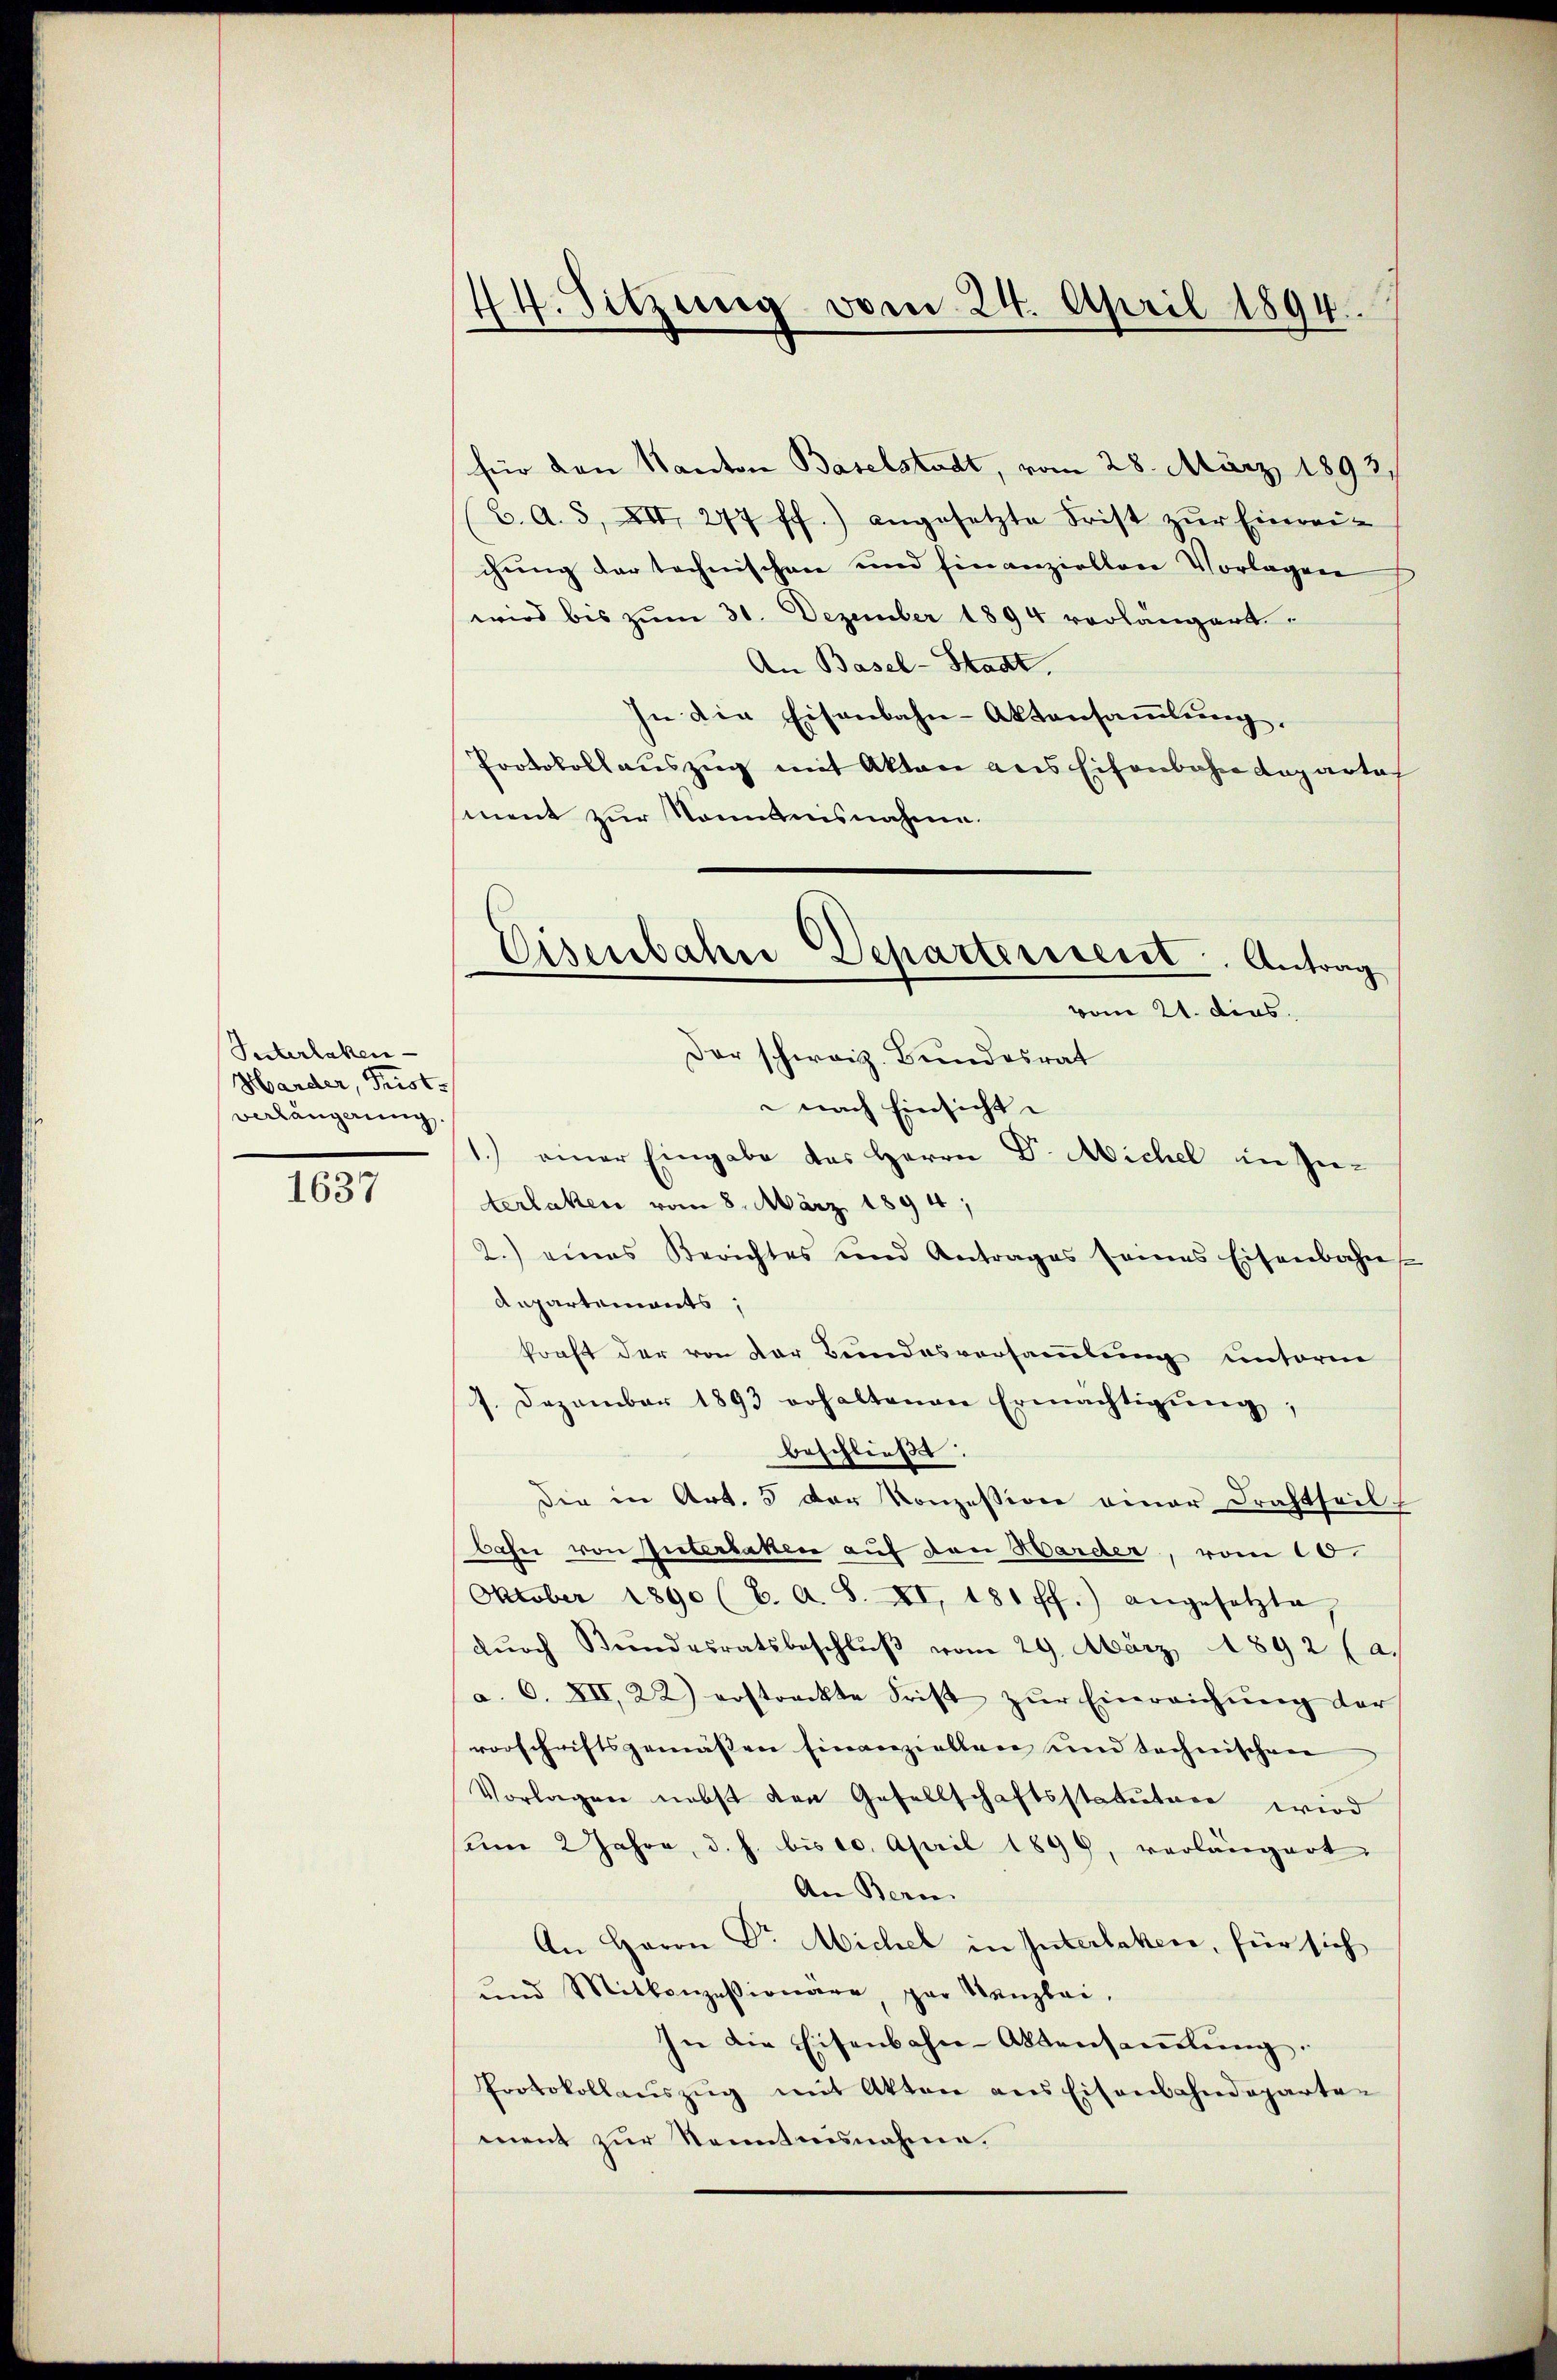
Sesterlaken
Harder, Frist.
verlängerung

1637

44. Sitzung vom 24. April 1894.

Eisenbahne Departerssent. Antrag
vom 21. dies.

für den Kanton Baselstadt, vom 28. März 1893,
(2. A. 3, XII 277 ff.) angesetzte Frist zŭr Einreichung der technischen und finanziellen Vorlagen
wird bis zum 31. Dezember 1894 vorlängert
An Basel-Stadt.
In die Eisenbahn-Aktensammlung,
Protokollauszug mit Akten aus Eisenbahndepartal
ment zur Nomanisnahme.
Der schweiz. Bundesrat
nach Einsicht
1.) einer Eingabe des Herrn Dr. Michel in Interlaken vom 8. März 1894,
2.) eines Berichtes und Antrages seines Eisenbahn
Departements;
kraft der von der Bundesversammlung unterm
1. Dezember 1893 erhaltenen Ermächtigŭng,
beschließe.
Die in Art. 5 der Konzession einer Drahtheil
bahn von Interlaken auf den Harder, vom 10.
Oktober 1890 (C. A. S. XI, 181 ff.) angesetzte,
dŭrch Stundesratsbeschlŭβ vom 29. März 1892 (a.
a. O. XII, 22) erstreckte Frist zŭr Einreichŭng der
vorschriftsgemässen Einanziellen und technischen
Vorlagen nebst von Gesellschaftsstatutare wird
Um 2 Jahre, d. h. bis 10. April 1899, verlängert
An Bern.
An Herrn Dr. Michel in Interlaken, für sich
und Mittanzessionare, par Kanzlei,
In die Eisenbahn-Aktensamelŭng.
Protokollaŭszŭg mit Akten ans Eisenbahndeparten
ment zur Kenntnisnahme.